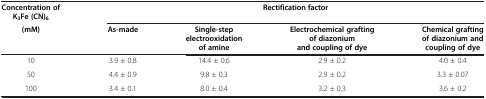
<table><thead><tr><td><b>Concentration of K<sub>3</sub>Fe (CN)<sub>6</sub></b></td><td colspan="4"><b>Rectification factor</b></td></tr><tr><td><b>(mM)</b></td><td><b>As-made</b></td><td><b>Single-step electrooxidation of amine</b></td><td><b>Electrochemical grafting of diazonium and coupling of dye</b></td><td><b>Chemical grafting of diazonium and coupling of dye</b></td></tr></thead><tbody><tr><td>10</td><td>3.9 ± 0.8</td><td>14.4 ± 0.6</td><td>2.9 ± 0.2</td><td>4.0 ± 0.4</td></tr><tr><td>50</td><td>4.4 ± 0.9</td><td>9.8 ± 0.3</td><td>2.9 ± 0.2</td><td>3.3 ± 0.07</td></tr><tr><td>100</td><td>3.4 ± 0.1</td><td>8.0 ± 0.4</td><td>3.2 ± 0.3</td><td>3.6 ± 0.2</td></tr></tbody></table>